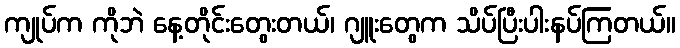
ကျုပ်က ကိုဘဲ နေ့တိုင်းတွေးတယ်၊ ဂျူးတွေက သိပ်ပြီးပါးနပ်ကြတယ်။